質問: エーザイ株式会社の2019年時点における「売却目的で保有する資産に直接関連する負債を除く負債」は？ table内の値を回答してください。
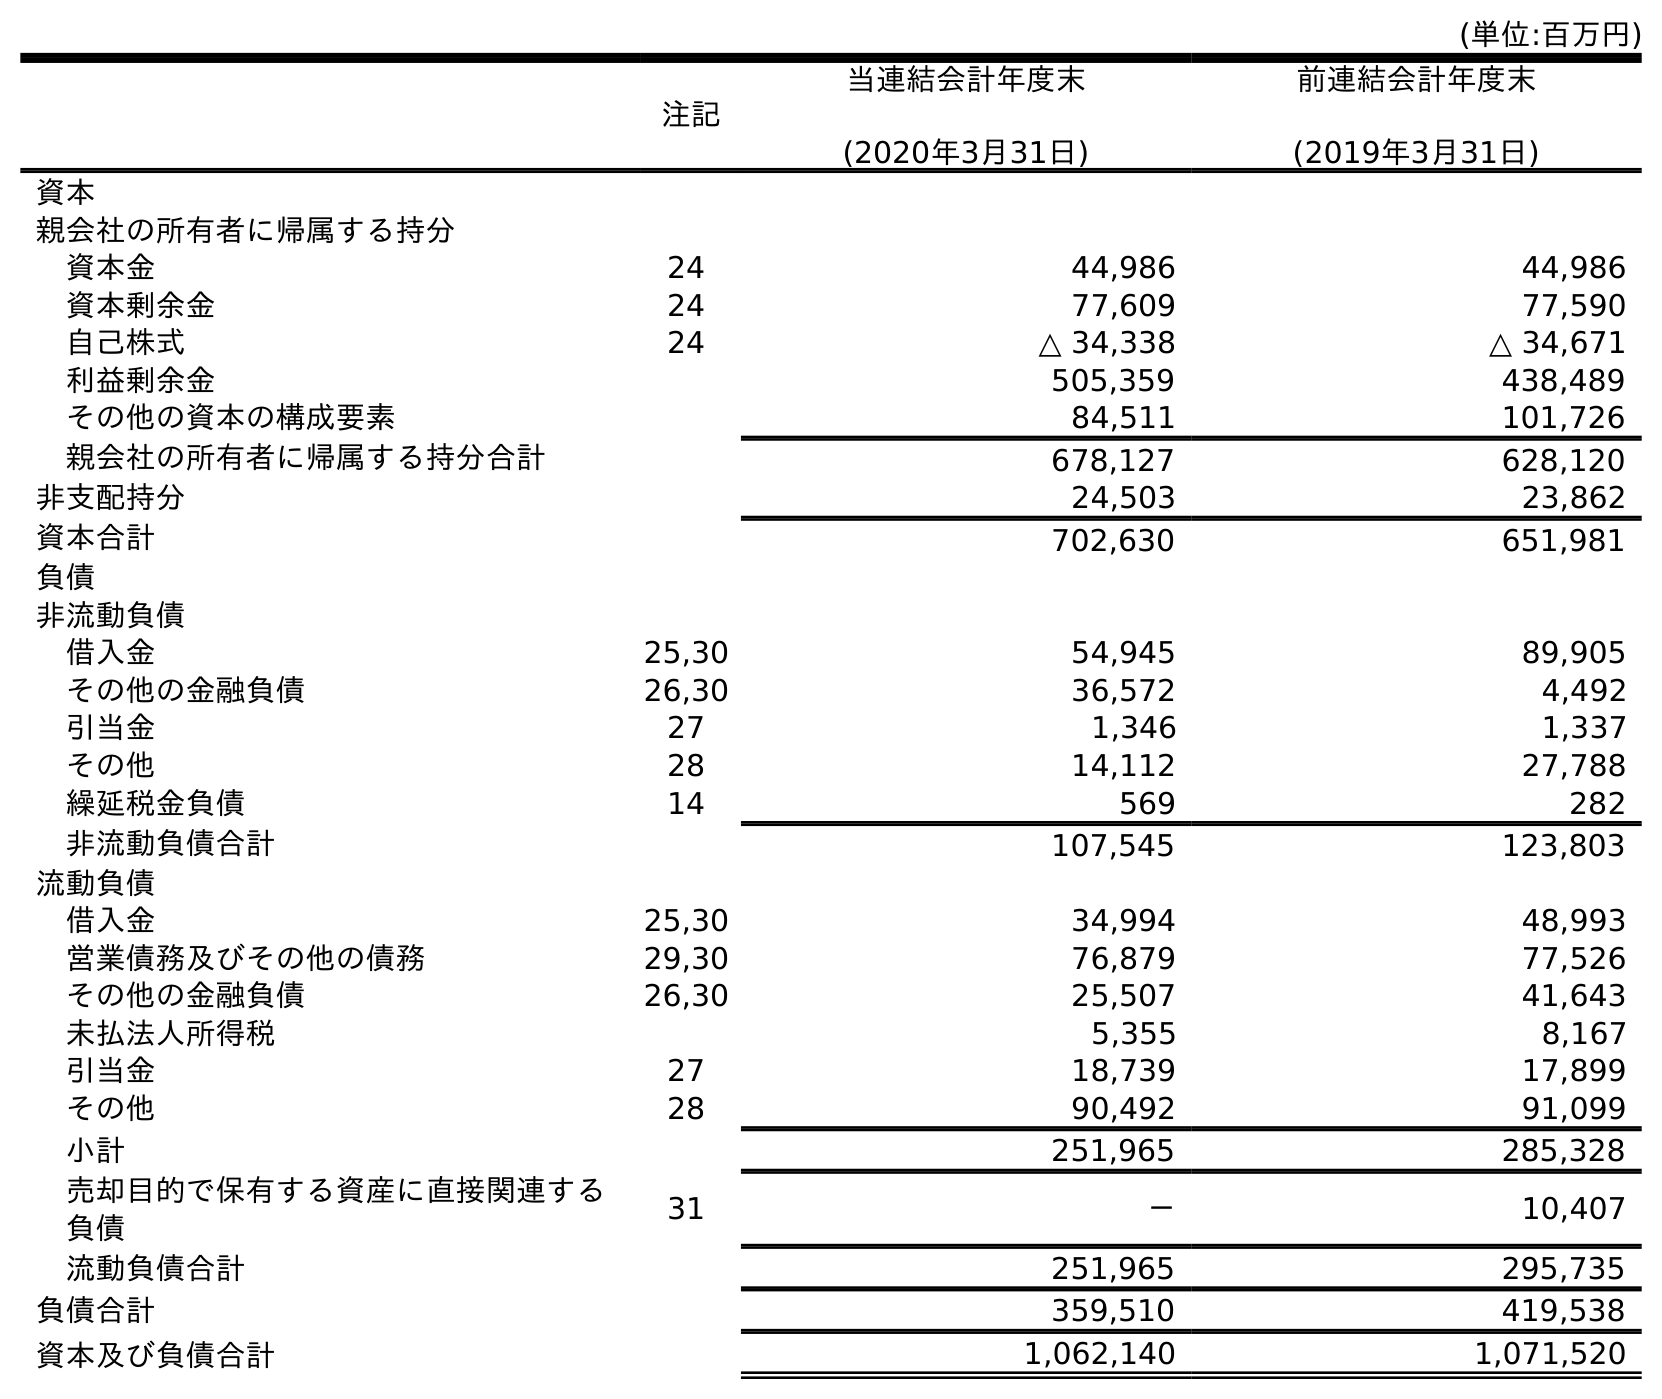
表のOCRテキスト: (単位:百万円) 注記 当連結会計年度末 (2020年3月31日) 前連結会計年度末 (2019年3月31日) 資本 親会社の所有者に帰属する持分 資本金 24 44,986 44,986 資本剰余金 24 77,609 77,590 自己株式 24 △ 34,338 △ 34,671 利益剰余金 505,359 438,489 その他の資本の構成要素 84,511 101,726 親会社の所有者に帰属する持分合計 678,127 628,120 非支配持分 24,503 23,862 資本合計 702,630 651,981 負債 非流動負債 借入金 25,30 54,945 89,905 その他の金融負債 26,30 36,572 4,492 引当金 27 1,346 1,337 その他 28 14,112 27,788 繰延税金負債 14 569 282 非流動負債合計 107,545 123,803 流動負債 借入金 25,30 34,994 48,993 営業債務及びその他の債務 29,30 76,879 77,526 その他の金融負債 26,30 25,507 41,643 未払法人所得税 5,355 8,167 引当金 27 18,739 17,899 その他 28 90,492 91,099 小計 251,965 285,328 売却目的で保有する資産に直接関連する 負債 31 － 10,407 流動負債合計 251,965 295,735 負債合計 359,510 419,538 資本及び負債合計 1,062,140 1,071,520
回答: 285,328